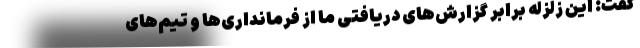
گفت: این زلزله برابر گزارش‌های دریافتی ما از فرمانداری‌ها و تیم‌های